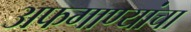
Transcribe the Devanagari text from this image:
अफगाण्यांचा